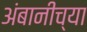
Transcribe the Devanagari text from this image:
अंबानीच्या